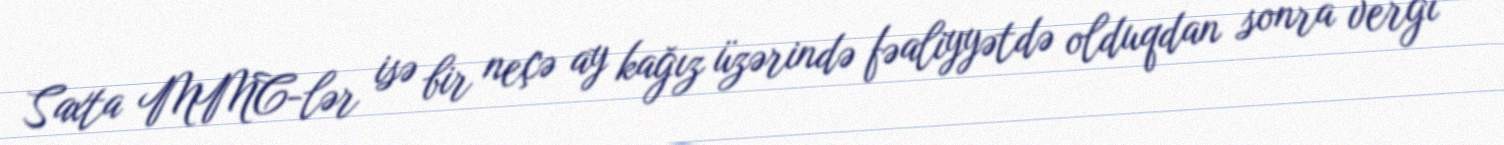
Saxta MMC-lər isə bir neçə ay kağız üzərində fəaliyyətdə olduqdan sonra vergi